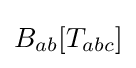
B_{ab}[T_{abc}]